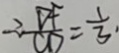
\therefore \frac { D F } { C D } = \frac { 1 } { 3 } \cdot